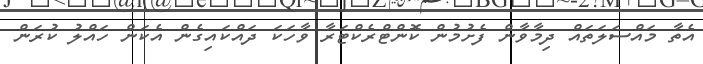
އެތާ މައްސަލަތައް ދިމާވާން ފެށުމުން ކޮންޓްރެކްޓަރާ ވާހަކަ ދައްކައިގެން އެކަން ހައްލު ކުރަން